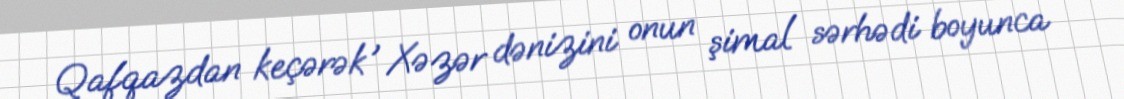
Qafqazdan keçərək , Xəzər dənizini onun şimal sərhədi boyunca